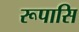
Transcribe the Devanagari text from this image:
रूपासि